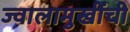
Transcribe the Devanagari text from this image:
ज्वालामुखींची